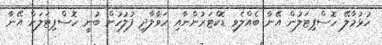
ހުޅުމާލޭ ހޮސްޕިޓަލުން އޭނާ ބެއްލެވި ޑޮކްޓަރުންނާއި ހަވާލާދީ ފުލުހުން ބުނީ ހޮސްޕިޓަލަށް އޭނާ